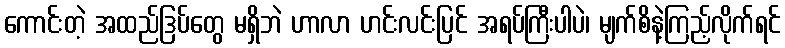
ကောင်းတဲ့ အထည်ဒြပ်တွေ မရှိဘဲ ဟာလာ ဟင်းလင်းပြင် အရပ်ကြီးပါပဲ၊ မျက်စိနဲ့ကြည့်လိုက်ရင်